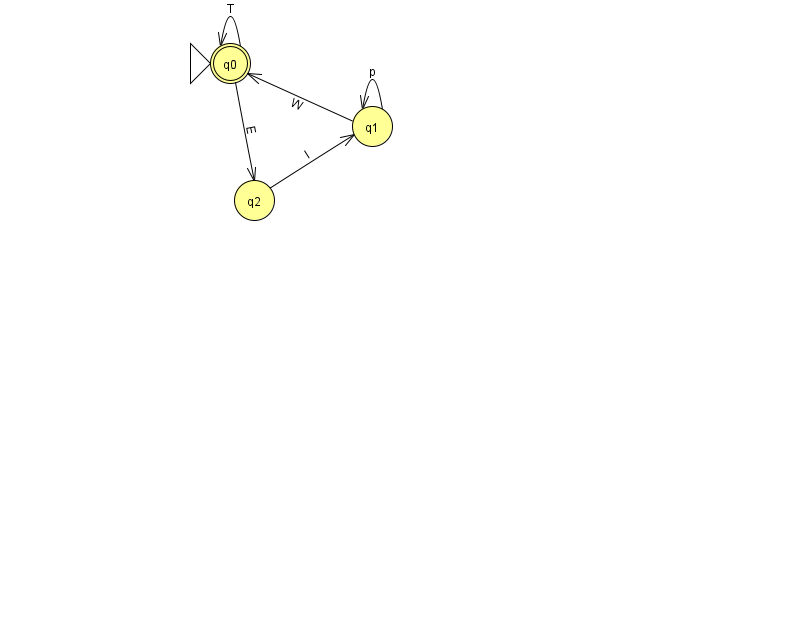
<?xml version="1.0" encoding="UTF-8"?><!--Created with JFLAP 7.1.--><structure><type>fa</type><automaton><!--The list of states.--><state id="0" name="q0"><x>230.0</x><y>50.0</y><initial/><final/></state><state id="1" name="q1"><x>372.0</x><y>113.0</y></state><state id="2" name="q2"><x>254.0</x><y>187.0</y></state><!--The list of transitions.--><transition><from>1</from><to>1</to><read>p</read></transition><transition><from>0</from><to>0</to><read>T</read></transition><transition><from>0</from><to>2</to><read>E</read></transition><transition><from>1</from><to>0</to><read>W</read></transition><transition><from>2</from><to>1</to><read>l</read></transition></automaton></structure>